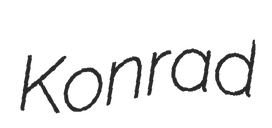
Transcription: Konrad